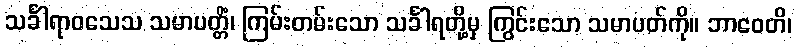
သင်္ခါရာဝသေသ သမာပတ္တိံ၊ ကြမ်းတမ်းသော သင်္ခါရတို့မှ ကြွင်းသော သမာပတ်ကို။ ဘာဝေတိ၊